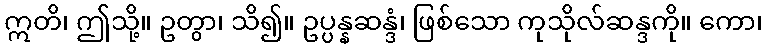
ဣတိ၊ ဤသို့။ ဥတွာ၊ သိ၍။ ဥပ္ပန္နဆန္ဒံ၊ ဖြစ်သော ကုသိုလ်ဆန္ဒကို။ ကော၊